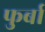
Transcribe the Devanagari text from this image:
फुर्बा